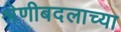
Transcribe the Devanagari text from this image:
श्रेणीबदलाच्या